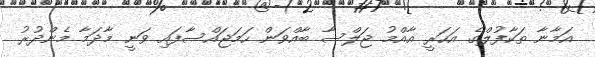
އަމާނާ ތަކާފުލްގެ އަހަރީ އާއްމު ޖަލްސާ ބާއްވަން ހަމަޖައްސާފައި ވަނީ މާދަމާ މެންދުުރު